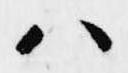
ハ